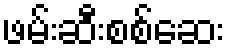
ဖမ်းဆီးစစ်ဆေး